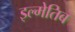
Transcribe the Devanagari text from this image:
इल्मेतिब